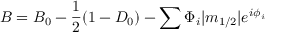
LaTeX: B = B _ { 0 } - \frac { 1 } { 2 } ( 1 - D _ { 0 } ) - \sum \Phi _ { i } | m _ { 1 / 2 } | e ^ { i \phi _ { i } }